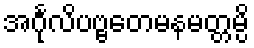
အင်္ဂုလိပဗ္ဗတေမနမတ္တမ္ပိ